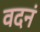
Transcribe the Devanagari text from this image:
वदनं